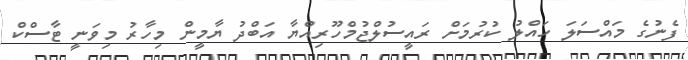
ފެނުގެ މައްސަލަ ހައްލު ކުރުމަށް ރައީސުލްޖުމްހޫރިއްޔާ އަބްދު ޔާމީން މިހާރު މިވަނީ ޓާސްކް